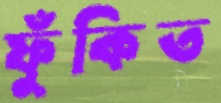
ফুঁকিত